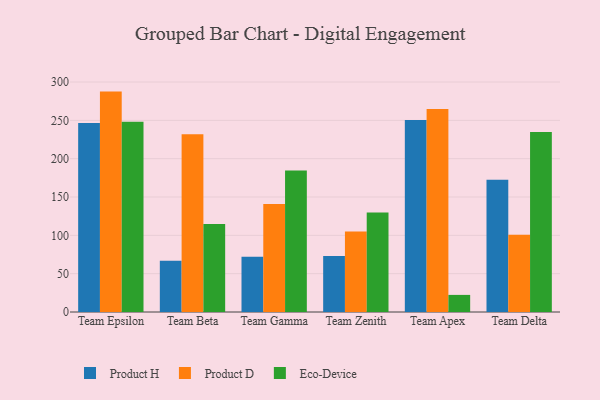
{"axis": {"x": "Team", "y": "Shipments"}, "legend": ["Eco-Device", "Product D", "Product H"], "data": [{"x": "Team Epsilon", "y": 246.6, "type": "Product H"}, {"x": "Team Epsilon", "y": 287.5, "type": "Product D"}, {"x": "Team Epsilon", "y": 248.2, "type": "Eco-Device"}, {"x": "Team Beta", "y": 67.0, "type": "Product H"}, {"x": "Team Beta", "y": 231.9, "type": "Product D"}, {"x": "Team Beta", "y": 114.7, "type": "Eco-Device"}, {"x": "Team Gamma", "y": 72.1, "type": "Product H"}, {"x": "Team Gamma", "y": 140.8, "type": "Product D"}, {"x": "Team Gamma", "y": 184.6, "type": "Eco-Device"}, {"x": "Team Zenith", "y": 73.0, "type": "Product H"}, {"x": "Team Zenith", "y": 104.9, "type": "Product D"}, {"x": "Team Zenith", "y": 129.7, "type": "Eco-Device"}, {"x": "Team Apex", "y": 250.6, "type": "Product H"}, {"x": "Team Apex", "y": 264.9, "type": "Product D"}, {"x": "Team Apex", "y": 22.3, "type": "Eco-Device"}, {"x": "Team Delta", "y": 172.6, "type": "Product H"}, {"x": "Team Delta", "y": 100.7, "type": "Product D"}, {"x": "Team Delta", "y": 234.7, "type": "Eco-Device"}]}